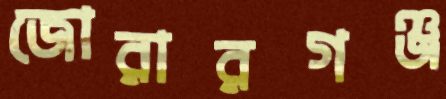
জোরারগঞ্জ